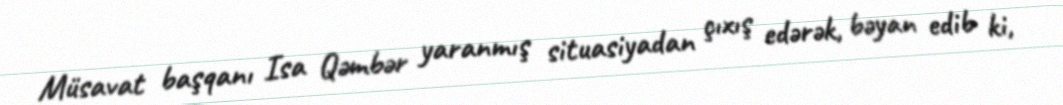
Müsavat başqanı Isa Qəmbər yaranmış situasiyadan çıxış edərək, bəyan edib ki,